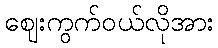
ဈေးကွက်ဝယ်လိုအား